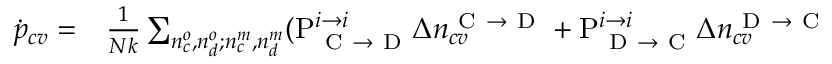
\begin{array} { r l } { \dot { p } _ { c v } = } & { { } \frac { 1 } { N k } \sum _ { n _ { c } ^ { o } , n _ { d } ^ { o } ; n _ { c } ^ { m } , n _ { d } ^ { m } } ( \mathrm { P } _ { \mathrm { ~ C ~ } \rightarrow \mathrm { ~ D ~ } } ^ { i \rightarrow i } \Delta n _ { c v } ^ { \mathrm { ~ C ~ } \rightarrow \mathrm { ~ D ~ } } + \mathrm { P } _ { \mathrm { ~ D ~ } \rightarrow \mathrm { ~ C ~ } } ^ { i \rightarrow i } \Delta n _ { c v } ^ { \mathrm { ~ D ~ } \rightarrow \mathrm { ~ C ~ } } } \end{array}